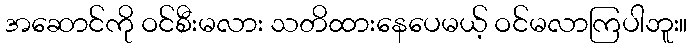
အဆောင်ကို ဝင်စီးမလား သတိထားနေပေမယ့် ဝင်မလာကြပါဘူး။